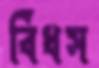
বিঁধস